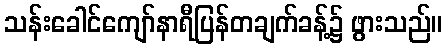
သန်းခေါင်ကျော်နာရီပြန်တချက်ခန့်၌ ဖွားသည်။